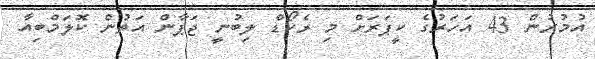
އުމުރުން 43 އަހަރުގެ ކީޕަރަށް މި ރެކޯޑް ލިބުނީ ޖަޕާން އަތުން ކޮލަމްބިއާ